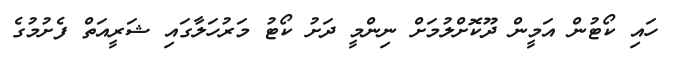
ހައި ކޯޓުން އަމީން ދޫކޮށްލުމަށް ނިންމީ ދަށު ކޯޓު މަރުހަލާގައި ޝަރީއަތް ފެށުމުގެ